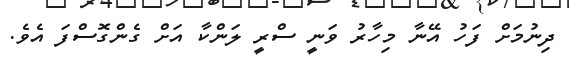
ދިނުމަށް ފަހު އޭނާ މިހާރު ވަނީ ސްރީ ލަންކާ އަށް ގެންގޮސްފަ އެވެ.